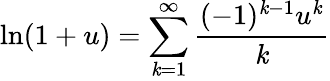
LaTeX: \ln(1+u)=\sum_{\mathit{k}=1}^{\infty}{\frac{{(-1)^{\mathit{k}-1}u^{\mathit{k}}}}{{\mathit{k}}}}